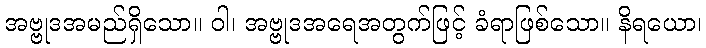
အဗ္ဗုဒအမည်ရှိသော။ ဝါ၊ အဗ္ဗုဒအရေအတွက်ဖြင့် ခံရာဖြစ်သော။ နိရယော၊